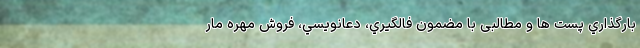
بارگذاري پست ها و مطالبی با مضمون فالگيري، دعانويسي، فروش مهره مار